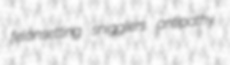
felonsetting snigglers antipathy